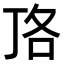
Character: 𭇏